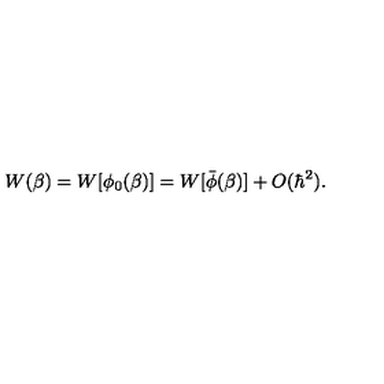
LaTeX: W ( \beta ) = W [ \phi _ { 0 } ( \beta ) ] = W [ \bar { \phi } ( \beta ) ] + O ( \hbar ^ { 2 } ) .